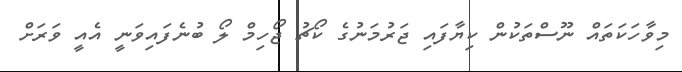
މިވާހަކަތައް ނޫސްތަކުން ކިޔާފައި ޖަރުމަނުގެ ކޯޗު ޖޯހިމް ލޯ ބުނެފައިވަނީ އެއީ ވަރަށް